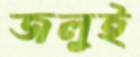
জলুই